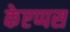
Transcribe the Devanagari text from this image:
केएप्पस